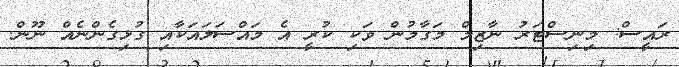
ރައީސް: މިނިސްޓަރު ނާޒިމް މަގާމުން ވަކި ކުރީ އެ މައްސަލައަކާއި ގުޅިގެންނެއް ނޫން.